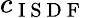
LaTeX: c_{\mathrm{~I~S~D~F~}}